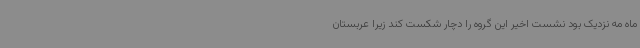
ماه مه نزدیک بود نشست اخیر این گروه را دچار شکست کند زیرا عربستان